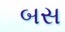
બસ